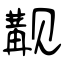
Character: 觏